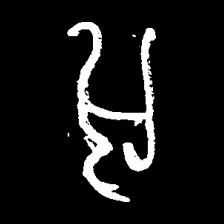
Pyu character \u2014 Myanmar letter: အ (romanized: a)